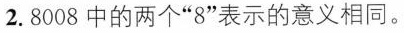
2. 8008中的两个”8”表示的意义相同。